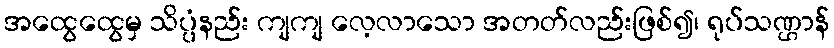
အထွေထွေမှ သိပ္ပံနည်း ကျကျ လေ့လာသော အတတ်လည်းဖြစ်၍၊ ရုပ်သဏ္ဌာန်